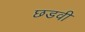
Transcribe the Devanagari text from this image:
छडवी